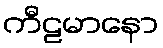
ကီဠမာနော